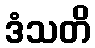
ဒံသတိ